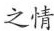
之情